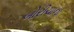
બોરીચાના